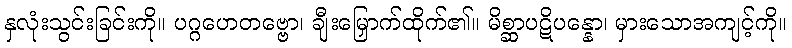
နှလုံးသွင်းခြင်းကို။ ပဂ္ဂဟေတဗ္ဗော၊ ချီးမြှောက်ထိုက်၏။ မိစ္ဆာပဋိပန္နော၊ မှားသောအကျင့်ကို။